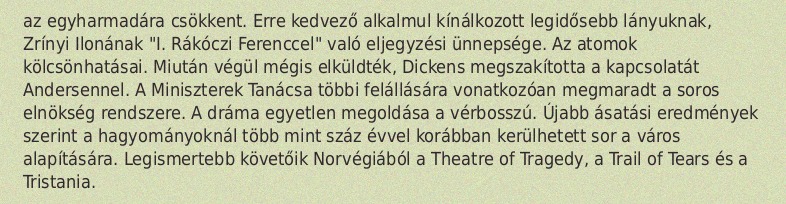
az egyharmadára csökkent. Erre kedvező alkalmul kínálkozott legidősebb lányuknak, Zrínyi Ilonának "I. Rákóczi Ferenccel" való eljegyzési ünnepsége. Az atomok kölcsönhatásai. Miután végül mégis elküldték, Dickens megszakította a kapcsolatát Andersennel. A Miniszterek Tanácsa többi felállására vonatkozóan megmaradt a soros elnökség rendszere. A dráma egyetlen megoldása a vérbosszú. Újabb ásatási eredmények szerint a hagyományoknál több mint száz évvel korábban kerülhetett sor a város alapítására. Legismertebb követőik Norvégiából a Theatre of Tragedy, a Trail of Tears és a Tristania.